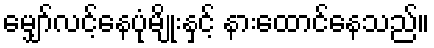
မျှော်လင့်နေပုံမျိုးနှင့် နားထောင်နေသည်။